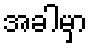
အခါမှာ